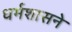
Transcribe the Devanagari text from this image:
धर्मशासने